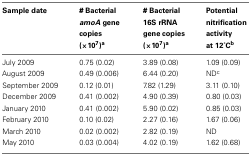
<table><thead><tr><td><b>Sample date</b></td><td><b># Bacterial <i>amoA</i> gene copies (×10<sup>7</sup>)<sup>a</sup></b></td><td><b># Bacterial 16S rRNA gene copies (×10<sup>7</sup>)<sup>a</sup></b></td><td><b>Potential nitrification activity at 12°C<sup>b</sup></b></td></tr></thead><tbody><tr><td>July 2009</td><td>0.75 (0.02)</td><td>3.89 (0.08)</td><td>1.09 (0.09)</td></tr><tr><td>August 2009</td><td>0.49 (0.006)</td><td>6.44 (0.20)</td><td>ND<sup>c</sup></td></tr><tr><td>September 2009</td><td>0.12 (0.01)</td><td>7.82 (1.29)</td><td>3.11 (0.10)</td></tr><tr><td>December 2009</td><td>0.41 (0.002)</td><td>4.90 (0.39)</td><td>0.80 (0.03)</td></tr><tr><td>January 2010</td><td>0.41 (0.002)</td><td>5.90 (0.02)</td><td>0.85 (0.03)</td></tr><tr><td>February 2010</td><td>0.10 (0.02)</td><td>2.27 (0.16)</td><td>1.67 (0.06)</td></tr><tr><td>March 2010</td><td>0.02 (0.002)</td><td>2.82 (0.19)</td><td>ND</td></tr><tr><td>May 2010</td><td>0.03 (0.004)</td><td>4.02 (0.19)</td><td>1.62 (0.68)</td></tr></tbody></table>